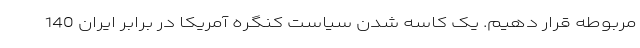
مربوطه قرار دهیم. یک کاسه شدن سیاست کنگره آمریکا در برابر ایران 140